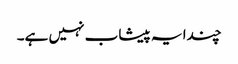
چندا یہ پیشاب نہیں ہے۔